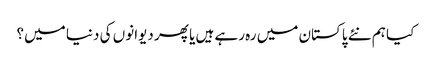
کیا ہم نئے پاکستان میں رہ رہے ہیں یا پھر دیوانوں کی دنیا میں؟